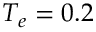
T _ { e } = 0 . 2